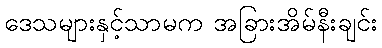
ဒေသများနှင့်သာမက အခြားအိမ်နီးချင်း